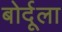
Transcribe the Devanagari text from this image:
बोर्दूला